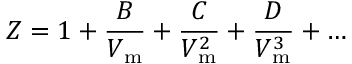
Z = 1 + { \frac { B } { V _ { \mathrm { m } } } } + { \frac { C } { V _ { \mathrm { m } } ^ { 2 } } } + { \frac { D } { V _ { \mathrm { m } } ^ { 3 } } } + \dots